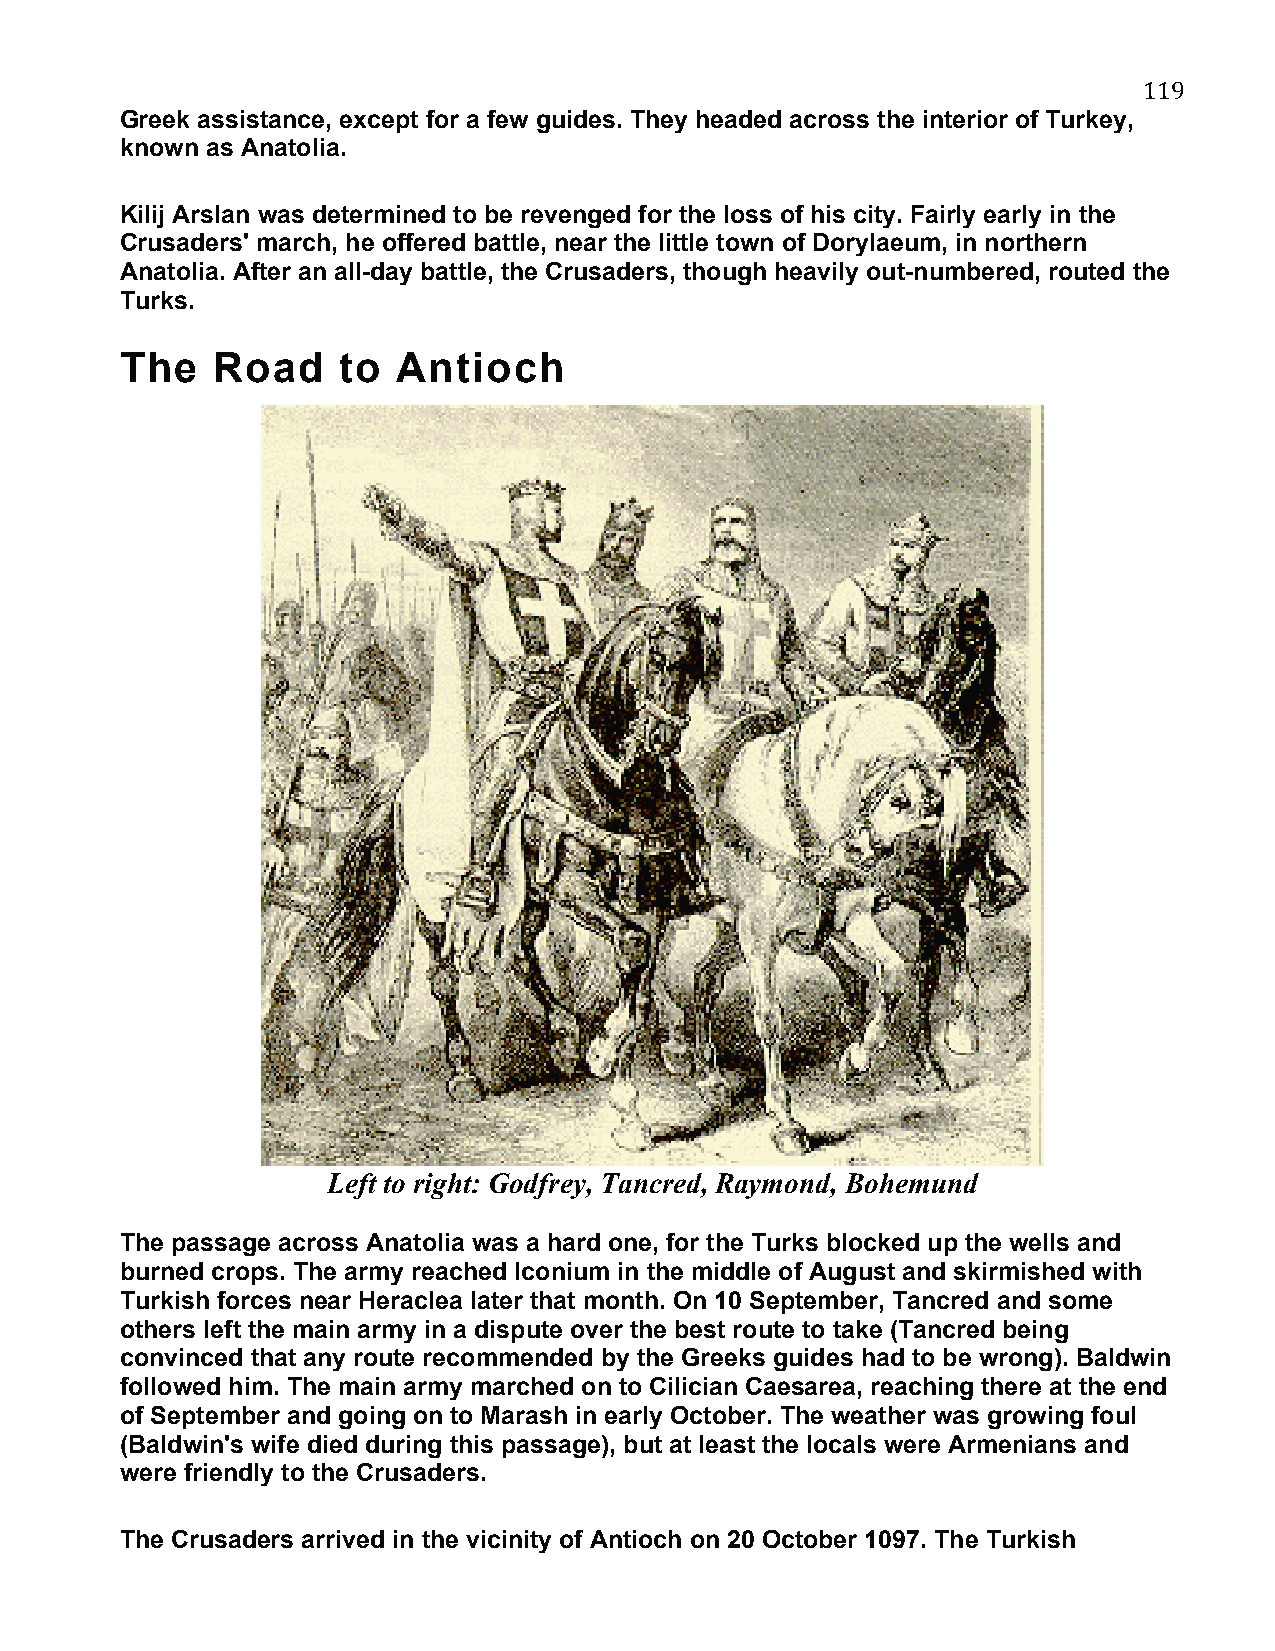
119
 Greek assistance, except for a few guides. They headed across the interior of Turkey,
 known as Anatolia.
 Kilij Arslan was determined to be revenged for the loss of his city. Fairly early in the
 Crusaders' march, he offered battle, near the little town of Dorylaeum, in northern
 Anatolia. After an all-day battle, the Crusaders, though heavily out-numbered, routed the
 Turks.
 The   Road     to Antioch
 Left to right: Godfrey, Tancred, Raymond, Bohemund
 The passage across Anatolia was a hard one, for the Turks blocked up the wells and
 burned crops. The army reached Iconium in the middle of August and skirmished with
 Turkish forces near Heraclea later that month. On 10 September, Tancred and some
 others left the main army in a dispute over the best route to take (Tancred being
 convinced that any route recommended by the Greeks guides had to be wrong). Baldwin
 followed him. The main army marched on to Cilician Caesarea, reaching there at the end
 of September and going on to Marash in early October. The weather was growing foul
 (Baldwin's wife died during this passage), but at least the locals were Armenians and
 were friendly to the Crusaders.
 The Crusaders arrived in the vicinity of Antioch on 20 October 1097. The Turkish